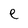
Character: e